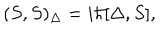
( S , S ) _ { \Delta } = i \hbar [ \Delta , S ] ,